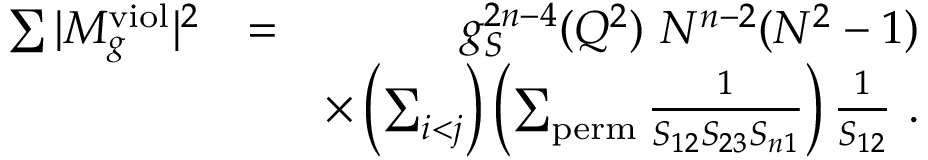
\begin{array} { r l r } { \sum \vert M _ { g } ^ { \mathrm { v i o l } } \vert ^ { 2 } } & { = } & { g _ { S } ^ { 2 n - 4 } ( Q ^ { 2 } ) ~ N ^ { n - 2 } ( N ^ { 2 } - 1 ) } \\ & { } & { \times \left( \sum _ { i < j } \right) \left( \sum _ { \mathrm { p e r m } } \frac { 1 } { S _ { 1 2 } S _ { 2 3 } S _ { n 1 } } \right) \frac { 1 } { S _ { 1 2 } } ~ . } \end{array}